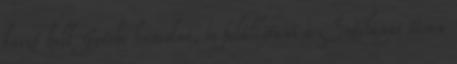
buszt kell Győrbe hurcolni, és felállítani a Széchenyi téren